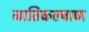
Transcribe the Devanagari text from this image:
जातिकल्याण